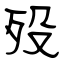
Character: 殁